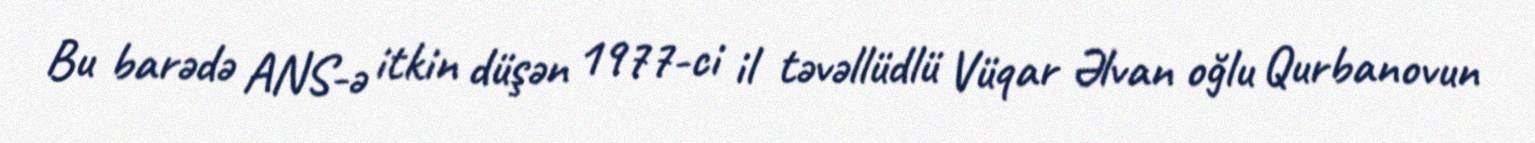
Bu barədə ANS-ə itkin düşən 1977-ci il təvəllüdlü Vüqar Əlvan oğlu Qurbanovun